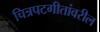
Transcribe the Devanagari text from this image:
चित्रपटगीतांवरील